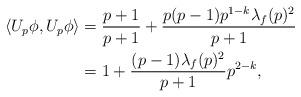
LaTeX: \begin{align*}\langle U_p \phi, U_p \phi \rangle &= \frac{p+1}{p+1} + \frac{p(p-1)p^{1-k}\lambda_f(p)^2}{p+1}\\ &= 1+ \frac{(p-1)\lambda_f(p)^2}{p+1}p^{2-k},\end{align*}